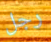
رجل